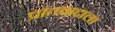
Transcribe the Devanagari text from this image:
प्रांतवादाला